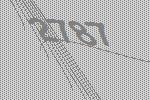
2787